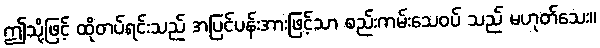
ဤသို့ဖြင့် ထိုတပ်ရင်းသည် အပြင်ပန်းအားဖြင့်သာ စည်းကမ်းသေဝပ် သည် မဟုတ်သေး။